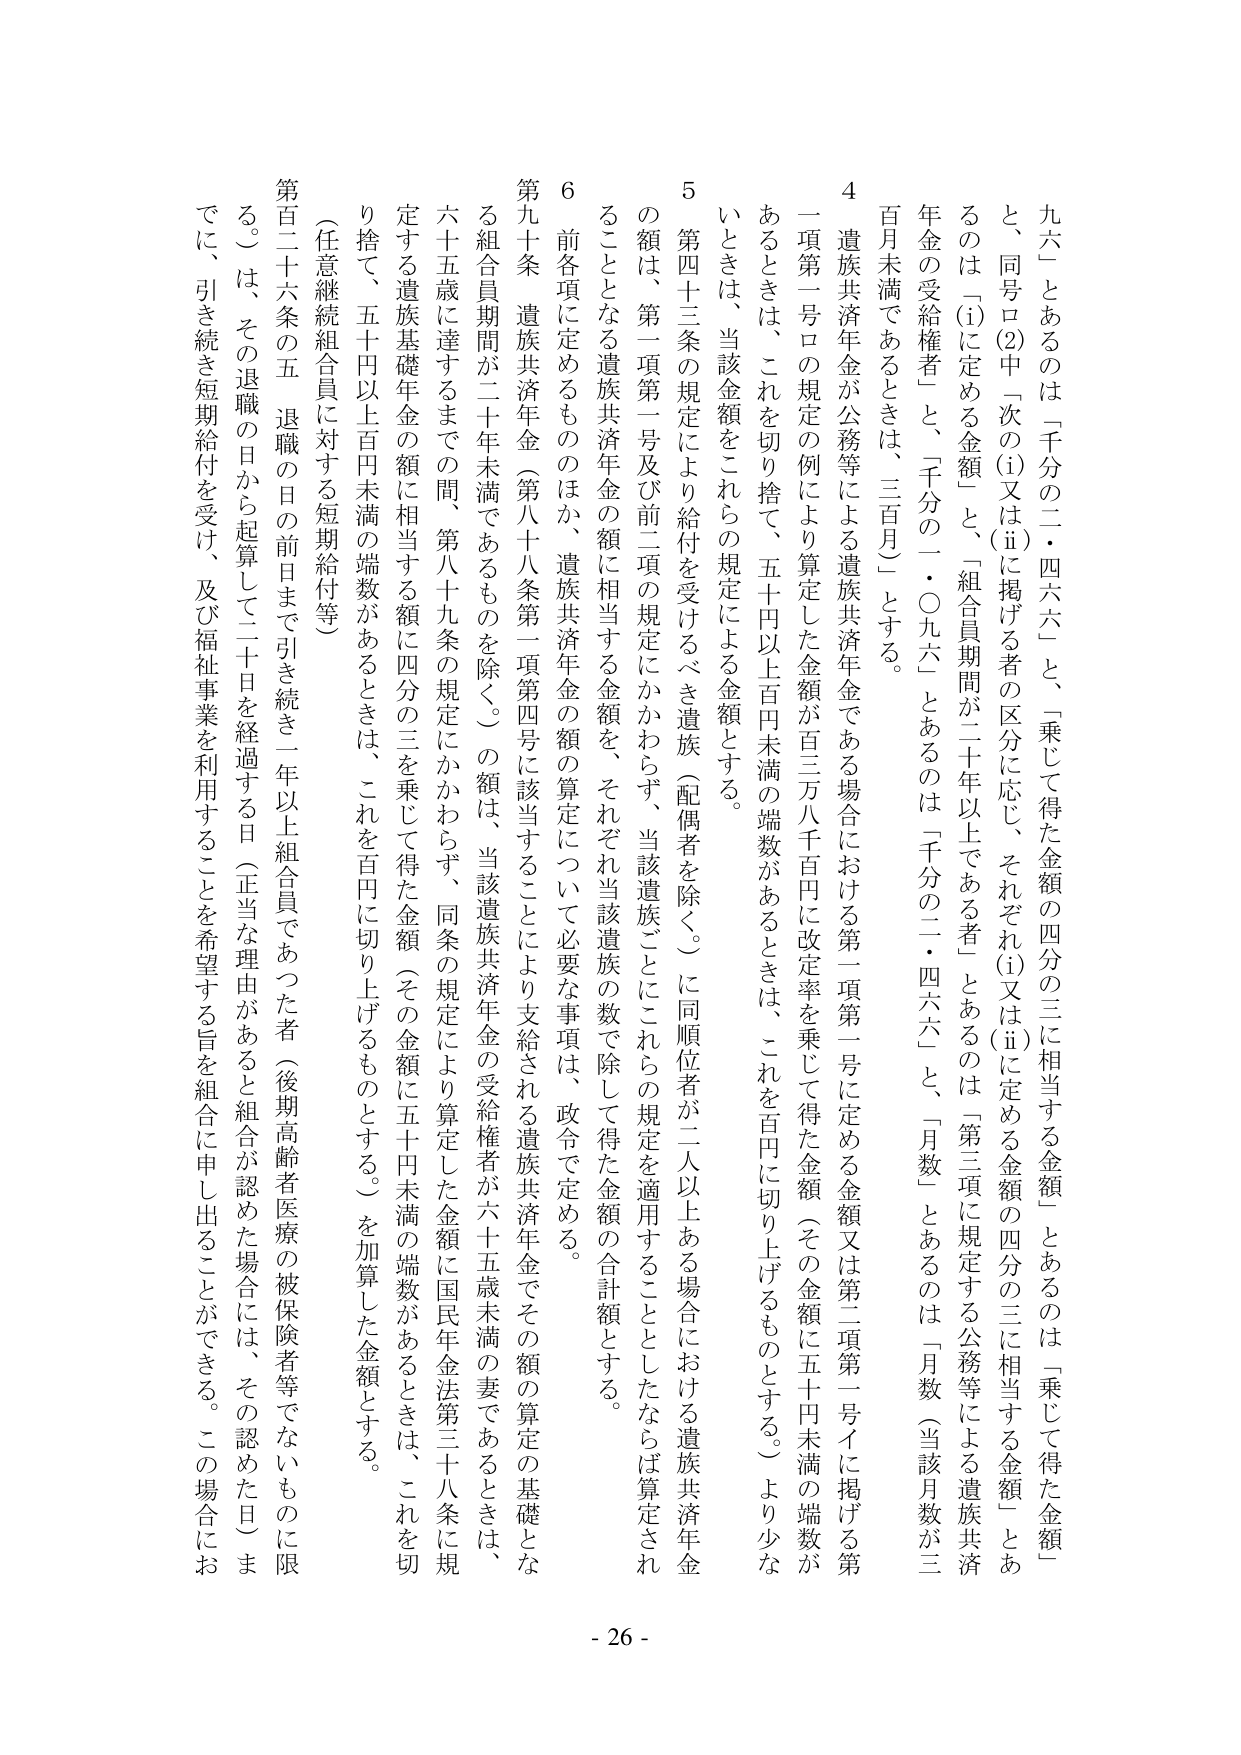
九六」とあるのは「千分の二・四六六」と、「乗じて得た金額の四分の三に相当する金額」とあるのは「乗じて得た金額」と、同号ロ(2)中「次の(i)又は(ii)に掲げる者の区分に応じ、それぞれ(i)又は(ii)に定める金額の四分の三に相当する金額」とあるのは「(i)に定める金額」と、「組合員期間が二十年以上である者」とあるのは「第三項に規定する公務等による遺族共済年金の受給権者」と、「千分の二・〇九六」とあるのは「千分の二・四六六」と、「月数」とあるのは「月数（当該月数が三百月未満であるときは、三百月）」とする。

4 遺族共済年金が公務等による遺族共済年金である場合における第一項第一号に定める金額又は第二項第一号イに掲げる第一項第一号ロの規定の例により算定した金額が百三万八千百円に改定率を乗じて得た金額（その金額に五十円未満の端数があるときは、これを百円に切り上げるものとする。）より少ないときは、当該金額をこれらの規定による金額とする。

5 第四十三条の規定により給付を受けるべき遺族（配偶者を除く。）に同順位者が二人以上ある場合における遺族共済年金の額は、第一項第一号及び前二項の規定にかかわらず、当該遺族ごとにこれらの規定を適用することとしたならば算定されることとなる遺族共済年金の額に相当する金額を、それぞれ当該遺族の数で除して得た金額の合計額とする。

6 前各項に定めるもののほか、遺族共済年金の額の算定について必要な事項は、政令で定める。

第九十条 遺族共済年金（第八十八条第一項第四号に該当することにより支給される遺族共済年金でその額の算定の基礎となる組合員期間が二十年未満であるものを除く。）の額は、当該遺族共済年金の受給権者が六十五歳未満の妻であるときは、六十五歳に達するまでの間、第八十九条の規定にかかわらず、同条の規定により算定した金額に国民年金法第三十八条に規定する遺族基礎年金の額に相当する額に四分の三を乗じて得た金額（その金額に五十円未満の端数があるときは、これを切り捨て、五十円以上百円未満の端数があるときは、これを百円に切り上げるものとする。）を加算した金額とする。

（任意継続組合員に対する短期給付等）

第百二十六条の五 退職の日の前日まで引き続き一年以上組合員であった者（後期高齢者医療の被保険者等でないものに限る。）は、その退職の日から起算して二十日を経過する日（正当な理由があると組合が認めた場合には、その認めた日）までに、引き続き短期給付を受け、及び福祉事業を利用するこ とを希望する旨を組合に申し出ることができる。この場合にお

- 26 -